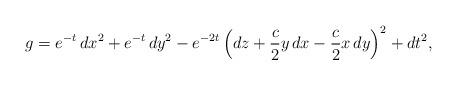
LaTeX: \begin{align*} g = e^{-t}\,dx^2 + e^{-t}\,dy^2 - e^{-2t}\,\Big(dz + \frac{c}{2}y\,dx - \frac{c}{2}x\,dy\Big)^2 + dt^2,\end{align*}